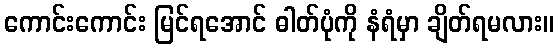
ကောင်းကောင်း မြင်ရအောင် ဓါတ်ပုံကို နံရံမှာ ချိတ်ရမလား။